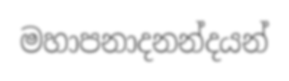
මහාපනාදනන්දයන්